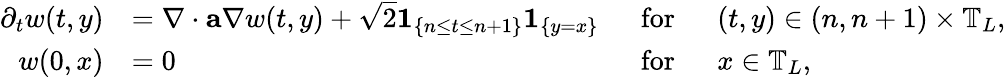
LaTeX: \begin{array}{rlrl}{\partial_{t}w(t,y)}&{=\nabla\cdot\mathbf{a}\nabla w(t,y)+\sqrt{2}{\boldsymbol{1}}_{\left\{ n\leq t\leq n+1\right\} }{\boldsymbol{1}}_{\{ y=x\} }}&{~~\mathrm{for}}&{~~(t,y)\in(n,n+1)\times\mathbb{T}_{L},}\\ {w(0,x)}&{=0}&{\mathrm{for}}&{~~x\in\mathbb{T}_{L},}\end{array}